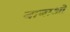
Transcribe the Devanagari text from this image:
बाबाओं